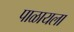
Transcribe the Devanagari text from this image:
पाळायला